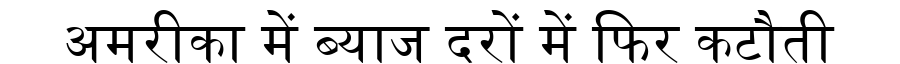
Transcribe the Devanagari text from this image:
अमरीका में ब्याज दरों में फिर कटौती